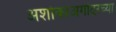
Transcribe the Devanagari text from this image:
अशोकाअगोदरच्या